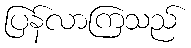
ပြန်လာကြသည်